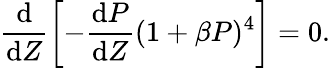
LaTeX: \frac{\mathrm{d}}{\mathrm{d}Z}\left[-\frac{\mathrm{d}P}{\mathrm{d}Z}(1+\beta P)^{4}\right]=0.